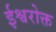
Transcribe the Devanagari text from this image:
ईश्वरोक्त